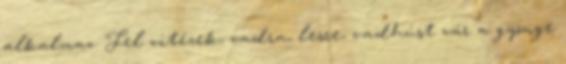
alkalmaz. Fel vitézek, vadra, lesre, vadhúst vár a gyönge